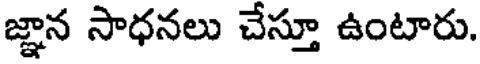
జ్ఞాన సాధనలు చేస్తూ ఉంటారు.